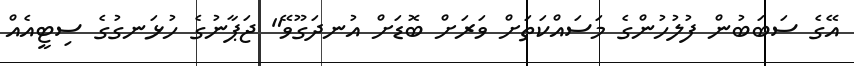
އޭގެ ސަބަބުން ފުލުހުންގެ މަސައްކަތަށް ވަރަށް ބޮޑަށް އުނދަގޫވޭ" ޖަޕާނުގެ ހުޅަނގުގެ ސިޓީއެއް